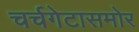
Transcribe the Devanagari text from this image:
चर्चगेटासमोर